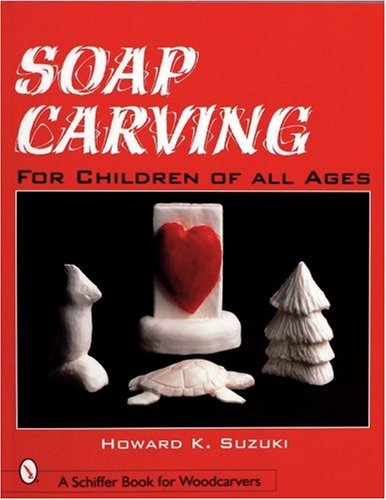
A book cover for Soap Carving: For Children of All Ages (Schiffer Book for Woodcarvers); Howard K. Suzuki; Crafts, Hobbies & Home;